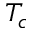
T _ { c }